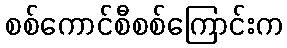
စစ်ကောင်စီစစ်ကြောင်းက